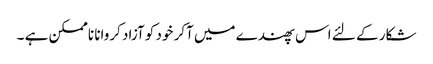
شکار کے لئے اس پھندے میں آکر خود کو آزاد کروانا ناممکن ہے ۔